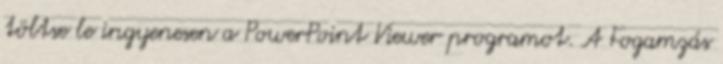
töltse le ingyenesen a PowerPoint Viewer programot. A Fogamzás